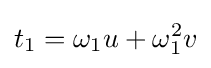
t_{1}=\omega _{1}u+\omega _{1}^{2}v